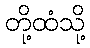
တို့ထံသို့